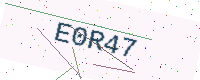
Text: E0R47